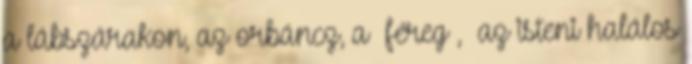
a lábszárakon, az orbáncz, a «féreg», «az isteni halálos